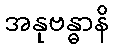
အနုဗန္ဓာနိ